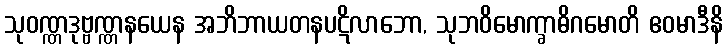
သုဝဏ္ဏဒုဗ္ဗဏ္ဏနယေန အဘိဘာယတနပဋိလာဘော, သုဘဝိမောက္ခာဓိဂမောတိ ဧဝမာဒီနိ